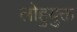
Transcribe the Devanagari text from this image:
लोहुयुक्त